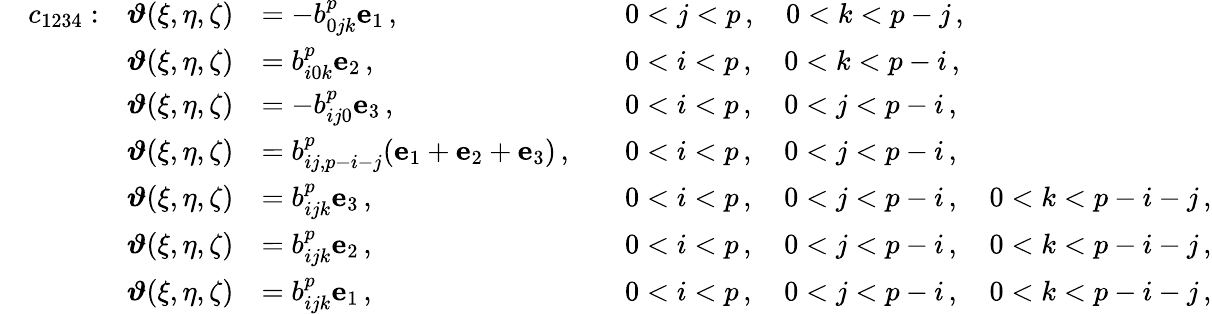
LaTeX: \begin{array}{rlrlrl}&{c_{1234}:}&{\boldsymbol{\vartheta}(\xi,\eta,\zeta)}&{=-b_{0jk}^{p}\mathbf{e}_{1}\, ,}&&{0<j<p\, ,\quad 0<k<p-j\, ,}\\ &{}&{\boldsymbol{\vartheta}(\xi,\eta,\zeta)}&{=b_{i0k}^{p}\mathbf{e}_{2}\, ,}&&{0<i<p\, ,\quad 0<k<p-i\, ,}\\ &{}&{\boldsymbol{\vartheta}(\xi,\eta,\zeta)}&{=-b_{ij0}^{p}\mathbf{e}_{3}\, ,}&&{0<i<p\, ,\quad 0<j<p-i\, ,}\\ &{}&{\boldsymbol{\vartheta}(\xi,\eta,\zeta)}&{=b_{ij,p-i-j}^{p}(\mathbf{e}_{1}+\mathbf{e}_{2}+\mathbf{e}_{3})\, ,}&&{0<i<p\, ,\quad 0<j<p-i\, ,}\\ &{}&{\boldsymbol{\vartheta}(\xi,\eta,\zeta)}&{=b_{ijk}^{p}\mathbf{e}_{3}\, ,}&&{0<i<p\, ,\quad 0<j<p-i\, ,\quad 0<k<p-i-j\, ,}\\ &{}&{\boldsymbol{\vartheta}(\xi,\eta,\zeta)}&{=b_{ijk}^{p}\mathbf{e}_{2}\, ,}&&{0<i<p\, ,\quad 0<j<p-i\, ,\quad 0<k<p-i-j\, ,}\\ &{}&{\boldsymbol{\vartheta}(\xi,\eta,\zeta)}&{=b_{ijk}^{p}\mathbf{e}_{1}\, ,}&&{0<i<p\, ,\quad 0<j<p-i\, ,\quad 0<k<p-i-j\, ,}\end{array}